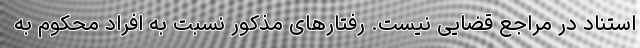
استناد در مراجع قضایی نیست. رفتارهای مذکور نسبت به افراد محکوم به